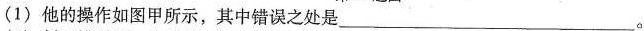
(1)他的操作如图甲所示，其中错误之处是___。